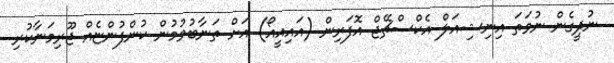
ނުދީގެން ނުވަތަ އިނިޝިއަލް އެކްސްޗޭޖް އޮފަރިން (އައިއީއޯ) އަށް ތަނާބުވުމުން ކުންފުންޏެއް ޖޫރިމަނާކުރި